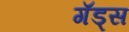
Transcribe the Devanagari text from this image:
गॅड्स